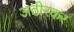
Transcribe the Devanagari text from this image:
अठीरकर